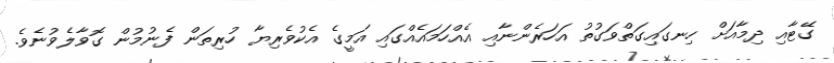
ގޭޓާއި ދިމާއަށް ހިނގައިގަތްވަގުތު އަހަރެންނާއި އެއްހަމައެއްގައި އަމީގެ އެކުވެރިޔާ ހުރިތަން ފެނުމުން ގޮވާލެވުނެވެ.